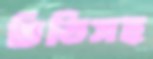
চিঠিসহ